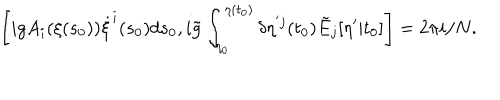
\left[ i g A _ { i } ( \xi ( s _ { 0 } ) ) \dot { \xi } ^ { i } ( s _ { 0 } ) d s _ { 0 } , i \tilde { g } \int _ { \eta _ { 0 } } ^ { \eta ( t _ { 0 } ) } \delta \eta ^ { ' j } ( t _ { 0 } ) \tilde { E } _ { j } [ \eta ^ { \prime } | t _ { 0 } ] \right] = 2 \pi i / N .